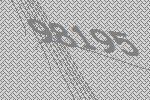
98195